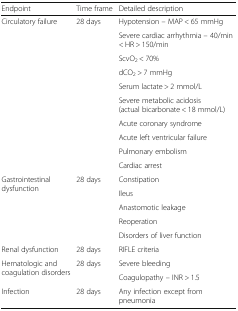
<table><thead><tr><td><b>Endpoint</b></td><td><b>Time frame</b></td><td><b>Detailed description</b></td></tr></thead><tbody><tr><td rowspan="10">Circulatory failure</td><td rowspan="10">28 days</td><td>Hypotension – MAP &lt; 65 mmHg</td></tr><tr><td>Severe cardiac arrhythmia – 40/min &lt; HR &gt; 150/min</td></tr><tr><td>ScvO<sub>2</sub> &lt; 70%</td></tr><tr><td>dCO<sub>2</sub> &gt; 7 mmHg</td></tr><tr><td>Serum lactate &gt; 2 mmol/L</td></tr><tr><td>Severe metabolic acidosis (actual bicarbonate &lt; 18 mmol/L)</td></tr><tr><td>Acute coronary syndrome</td></tr><tr><td>Acute left ventricular failure</td></tr><tr><td>Pulmonary embolism</td></tr><tr><td>Cardiac arrest</td></tr><tr><td rowspan="5">Gastrointestinal dysfunction</td><td rowspan="5">28 days</td><td>Constipation</td></tr><tr><td>Ileus</td></tr><tr><td>Anastomotic leakage</td></tr><tr><td>Reoperation</td></tr><tr><td>Disorders of liver function</td></tr><tr><td>Renal dysfunction</td><td>28 days</td><td>RIFLE criteria</td></tr><tr><td rowspan="2">Hematologic and coagulation disorders</td><td rowspan="2">28 days</td><td>Severe bleeding</td></tr><tr><td>Coagulopathy – INR &gt; 1.5</td></tr><tr><td>Infection</td><td>28 days</td><td>Any infection except from pneumonia</td></tr></tbody></table>